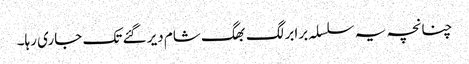
چنانچہ یہ سلسلہ برابر لگ بھگ شام دیر گئے تک جاری رہا۔